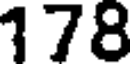
178